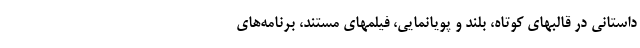
داستانی در قالبهای كوتاه، بلند و پویانمایی، فیلمهای مستند، برنامه‌های